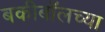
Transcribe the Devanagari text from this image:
बकीबॉलच्या